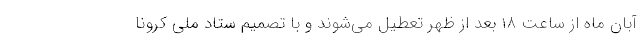
آبان ماه از ساعت ۱۸ بعد از ظهر تعطیل می‌شوند و با تصمیم ستاد ملی کرونا